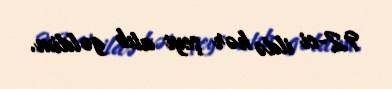
92-ci ildə hər şeyi atıb gəldim.